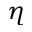
\eta